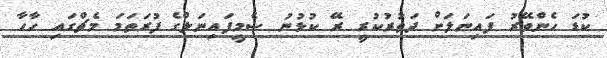
ކުޑަ ހެންވޭރު ފައިނަލަށް ދަތުރުކުރީ ރޭ ކުޅުނު ސެމީފައިނަލްގެ ފުރަތަމަ މެޗްގައި ހާހާ